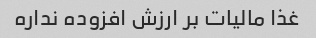
غذا مالیات بر ارزش افزوده نداره